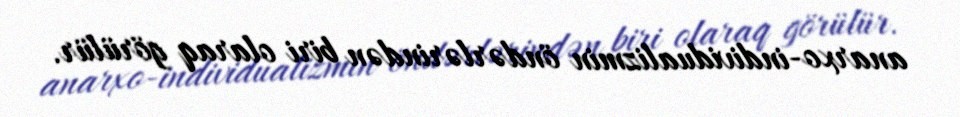
anarxo-individualizmin öndərlərindən biri olaraq görülür.